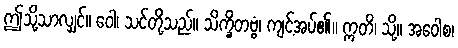
ဤသို့သာလျှင်။ ဝေါ၊ သင်တို့သည်။ သိက္ခိတဗ္ဗံ၊ ကျင့်အပ်၏။ ဣတိ၊ သို့။ အဝေါစ၊